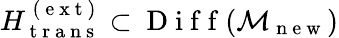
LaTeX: H_{\mathrm{~t~r~a~n~s~}}^{\mathrm{~(~e~x~t~)~}}\subset\mathrm{~D~i~f~f~}(\mathcal{M}_{\mathrm{~n~e~w~}})